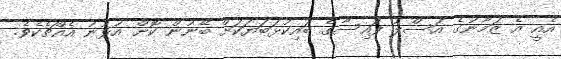
އެއީ އެ ޒަމާނުގެ އަސްލު ފައިސާގެ ބައިކުޅަބަޔަކަށް ބޭނުން ކޮށް އުޅުނު އެއްޗެކެވެ.